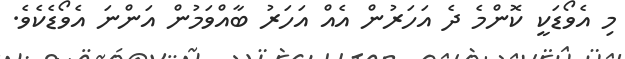
މި އެވޯޑަކީ ކޮންމެ ދެ އަހަރުން އެއް އަހަރު ބާއްވަމުން އަންނަ އެވޯޑެކެވެ.